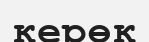
керөк